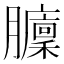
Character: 𦢵